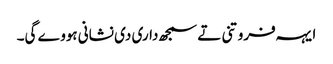
‏ ایہہ فروتنی تے سمجھ‌داری دی نشانی ہووے گی۔